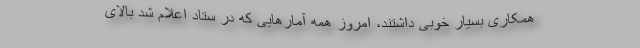
همکاری بسیار خوبی داشتند، امروز همه آمارهایی که در ستاد اعلام شد بالای